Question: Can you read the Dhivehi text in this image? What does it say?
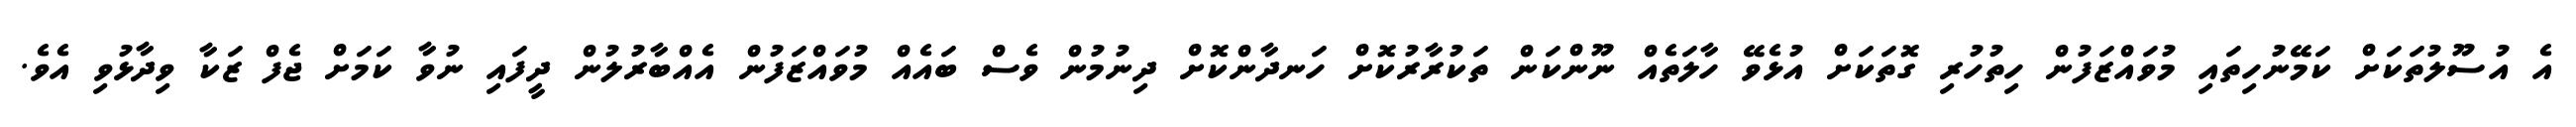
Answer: އެ އުސޫލުތަކަށް ކަމޭނުހިތައި މުވައްޒަފުން ހިތުހުރި ގޮތަކަށް އުޅެވޭ ހާލަތެއް ނޫންކަން ތަކުރާރުކޮށް ހަނދާންކޮށް ދިނުމުން ވެސް ބައެއް މުވައްޒަފުން އެއްބާރުލުން ދީފައި ނުވާ ކަމަށް ޖެފް ޒަކާ ވިދާޅުވި އެވެ.